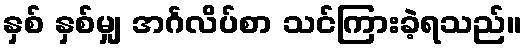
နှစ် နှစ်မျှ အင်္ဂလိပ်စာ သင်ကြားခဲ့ရသည်။